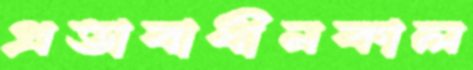
প্রভাবাধীনকাল